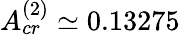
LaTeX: A_{cr}^{(2)}\simeq 0.13275